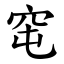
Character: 窀